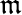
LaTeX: \mathfrak{m}